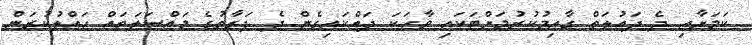
ކަމަށާއި ދެ ދައުލަތް ގާއިމުކުރުމަށްޓަކައި ވާހަކަ ދައްކައިގެން ދެ ފަރާތުގެ މައްސަލަތައް ހައްލުކުރަން